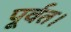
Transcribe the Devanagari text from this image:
पूर्वत।